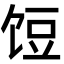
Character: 饾